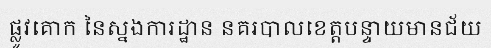
ផ្លូវគោក នៃស្នងការដ្ឋាន នគរបាលខេត្តបន្ទាយមានជ័យ